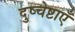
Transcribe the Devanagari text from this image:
दुष्चेष्टाएँ